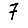
Digit: 7